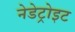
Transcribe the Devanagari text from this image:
नेडेट्रोइट